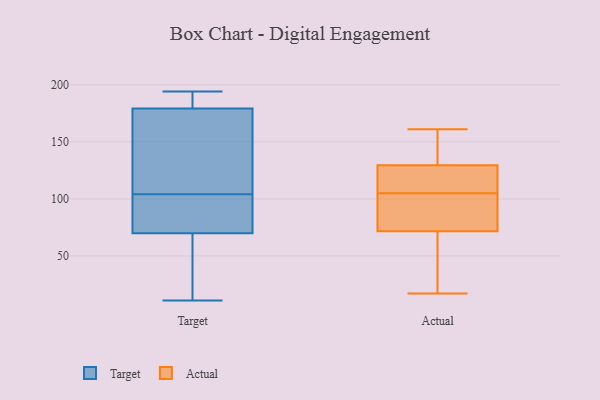
{"axis": {"x": "Shipments", "y": "Value"}, "legend": ["Actual", "Target"], "data": [{"x": "", "y": 69, "type": "Target"}, {"x": "", "y": 83, "type": "Target"}, {"x": "", "y": 129, "type": "Target"}, {"x": "", "y": 53, "type": "Target"}, {"x": "", "y": 30, "type": "Target"}, {"x": "", "y": 124, "type": "Target"}, {"x": "", "y": 192, "type": "Target"}, {"x": "", "y": 104, "type": "Target"}, {"x": "", "y": 179, "type": "Target"}, {"x": "", "y": 11, "type": "Target"}, {"x": "", "y": 70, "type": "Target"}, {"x": "", "y": 78, "type": "Target"}, {"x": "", "y": 175, "type": "Target"}, {"x": "", "y": 194, "type": "Target"}, {"x": "", "y": 180, "type": "Target"}, {"x": "", "y": 87, "type": "Target"}, {"x": "", "y": 187, "type": "Target"}, {"x": "", "y": 96, "type": "Actual"}, {"x": "", "y": 152, "type": "Actual"}, {"x": "", "y": 44, "type": "Actual"}, {"x": "", "y": 82, "type": "Actual"}, {"x": "", "y": 130, "type": "Actual"}, {"x": "", "y": 69, "type": "Actual"}, {"x": "", "y": 145, "type": "Actual"}, {"x": "", "y": 128, "type": "Actual"}, {"x": "", "y": 118, "type": "Actual"}, {"x": "", "y": 17, "type": "Actual"}, {"x": "", "y": 105, "type": "Actual"}, {"x": "", "y": 161, "type": "Actual"}, {"x": "", "y": 79, "type": "Actual"}, {"x": "", "y": 120, "type": "Actual"}, {"x": "", "y": 54, "type": "Actual"}]}